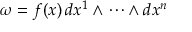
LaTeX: \omega = f ( x ) \, d x ^ { 1 } \wedge \cdots \wedge d x ^ { n }